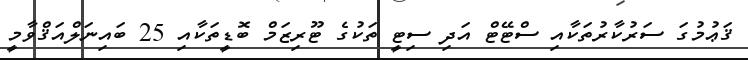
ޤަޢުމުގަ ސަރުކާރުތަކާއި ސްޓޭޓް އަދި ސިޓީ ތަކުގެ ޓޫރިޒަމް ބޮޑީތަކާއި 25 ބައިނަލްއަޤްވާމީ